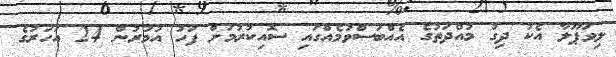
ލިވަޕޫލާ އެކު ދިގު މުއްދަތުގެ އެއްބަސްވުމެއްގައި ސޮއިކުރުމަށް ފަހު އުމުރުން 24 އަހަރުގެ